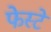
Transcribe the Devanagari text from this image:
फेस्टे